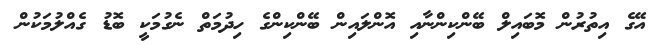
އޭގެ އިތުރުން މޮބައިލް ބޭންކިންނާއި އޮންލައިން ބޭންކިންގެ ހިދުމަތް ނެގުމަކީ ބޮޑު ގެއްލުމަކުން